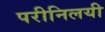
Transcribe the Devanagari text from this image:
परीनिलयी